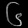
Digit: ၆